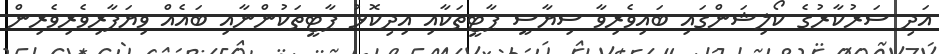
އަދި ސަރުކާރުގެ ކޯލިޝަންގައި ބައިވެރިވާ ސިޔާސީ ޕާޓީތަކާއި އިދިކޮޅު ޕާޓީތަކުންނާއި ބައެއް ވިޔަފާރިވެރިވެރިން